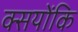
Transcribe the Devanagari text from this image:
क्सयोंकि